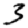
Digit: 3